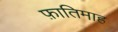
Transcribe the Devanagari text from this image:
फ़ातिमाह